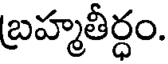
బ్రహ్మతీర్ధం.